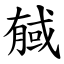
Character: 戫